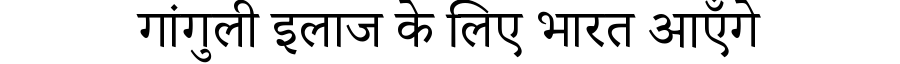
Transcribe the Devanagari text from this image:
गांगुली इलाज के लिए भारत आएँगे